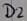
Text: D2